Scientific memoirs by medical officers of the Army of India - Part III,
Year: 1887
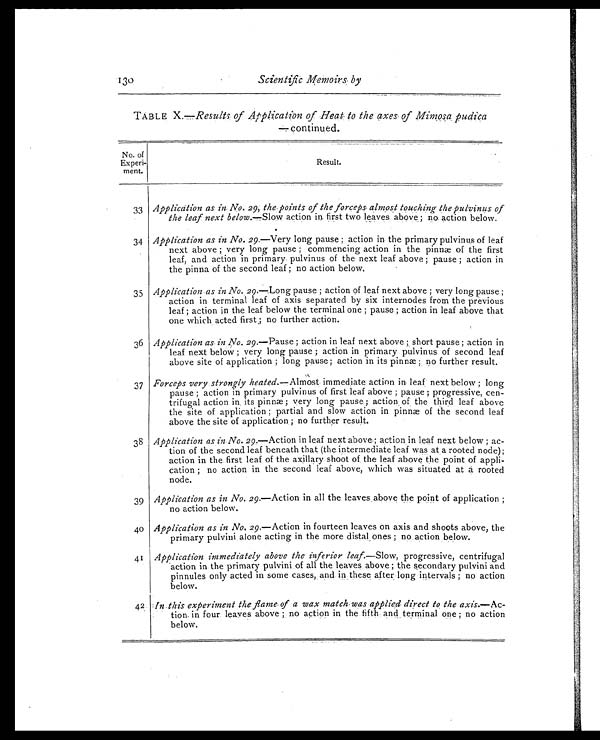
130
Scientific Memoirs by
TABLE X.—Results. Application of. Heat to the axes of Mimosa pudica
No. of
Experi-
ment.
Result.
33 Application as in No. 29, the points of the forceps almost touching the pulvinus of
the leaf next below.— Slow action in first two leaves above; no action below.
34 Application as in No. 29. —Very long pause ; action in the primary pulvinus of leaf
next above ; very long pause ; commencing action in the pinnæ of the first
leaf, and action in primary pulvinus of the next leaf above ; pause ; action in
the pinna of the second leaf ; no action below.
35 Application as in No. 29. —Long pause ; action of leaf next above ; very long pause ;
action in terminal leaf of axis separated by six internodes from the previous
leaf ; action in the leaf below the terminal one ; pause ; action in leaf above that
one which acted first; no further action.
36 Application as in No. 29. —Pause ; action in leaf next above ; short pause ; action in
leaf next below ; very long pause ; action in primary pulvinus of second leaf
above site of application ; long pause ; action in its pinnæ ; no further result.
37 Forceps. very. strongly heated. —Almost. immediate action in leaf next below ; long
pause ; action in primary pulvinus of first leaf above ; pause ; progressive, cen-
trifugal action in its pinnæ ; very long pause ; action of the third leaf above
the site of application ; partial and slow action in pinnæ of the second leaf
above the site of application ; no further result.
38 Application as in.No. 29. —Action in leaf next above; action in leaf next below ; ac-
tion of the second leaf beneath that (the.intermediate leaf was at a rooted node);
action in the first leaf of the axillary shoot of the leaf above the point of appli-
cation ; no action in the second leaf above, which was situated at a rooted
node.
39 Application as in No. 29.—Action in all the leaves above the point of application ;
no action below.
40 Application as in No. 29. —Action in fourteen leaves on axis and shoots above, the
primary pulvini alone acting in the more distal ones ; no action below.
4 1
Application immediately above the inferior leaf. —Slow, progressive, centrifugal
action in the primary pulvini of all the leaves above ; the secondary pulvini and
pinnules only acted in some cases, and in these after long intervals ; no action
below.
42 In this experiment the flame of a wax match was applied direct to the axis. —Ac-
tion in four leaves above ; no action in the fifth and terminal one ; no action
below.